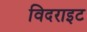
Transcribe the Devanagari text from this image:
विदराइट